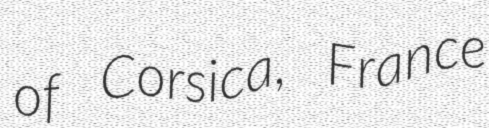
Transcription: of Corsica, France